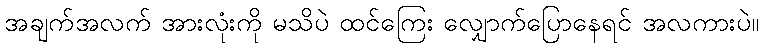
အချက်အလက် အားလုံးကို မသိပဲ ထင်ကြေး လျှောက်ပြောနေရင် အလကားပဲ။